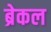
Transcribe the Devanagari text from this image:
ब्रेकल